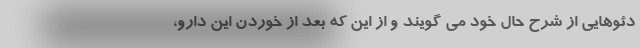
دئوهایی از شرح حال خود می گویند و از این که بعد از خوردن این دارو،